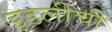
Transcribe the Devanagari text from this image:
इडलीची